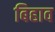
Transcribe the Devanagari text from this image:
बिहाव